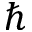
\hbar